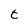
Character: t